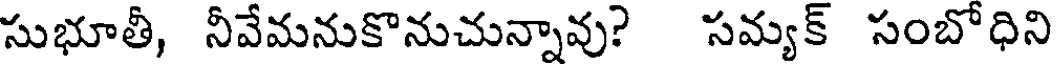
సుభూతీ, నీవేమనుకొనుచున్నావు? సమ్యక్ సంబోధిని